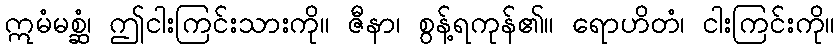
ဣမံမစ္ဆံ၊ ဤငါးကြင်းသားကို။ ဇီနာ၊ စွန့်ရကုန်၏။ ရောဟိတံ၊ ငါးကြင်းကို။